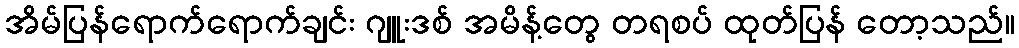
အိမ်ပြန်ရောက်ရောက်ချင်း ဂျူးဒစ် အမိန့်တွေ တရစပ် ထုတ်ပြန် တော့သည်။